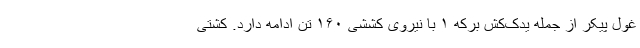
غول پیکر از جمله یدک‌کش برکه ۱ با نیروی کششی ۱۶۰ تن ادامه دارد. کشتی